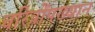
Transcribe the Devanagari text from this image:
चरित्रोंपख्यान